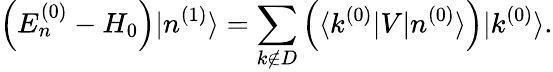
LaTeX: \left(E_{n}^{(0)}-H_{0}\right)|n^{(1)}\rangle=\sum_{k\not\in D}\left(\langle k^{(0)}|V|n^{(0)}\rangle\right)|k^{(0)}\rangle.